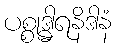
ပစ္စုဒ္ဓါရနိဒါနံ